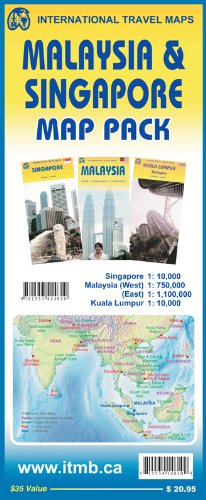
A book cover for Malaysia & Singapore Map Pack (including Kuala Lumpur); ITMB Publishing Ltd.; Travel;